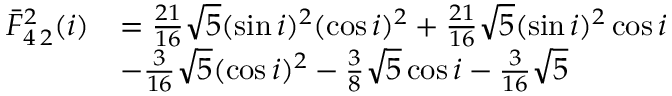
\begin{array} { r l } { \bar { F } _ { 4 \, 2 } ^ { 2 } ( i ) } & { = \frac { 2 1 } { 1 6 } \sqrt { 5 } ( \sin i ) ^ { 2 } ( \cos i ) ^ { 2 } + \frac { 2 1 } { 1 6 } \sqrt { 5 } ( \sin i ) ^ { 2 } \cos i } \\ & { - \frac { 3 } { 1 6 } \sqrt { 5 } ( \cos i ) ^ { 2 } - \frac { 3 } { 8 } \sqrt { 5 } \cos i - \frac { 3 } { 1 6 } \sqrt { 5 } } \end{array}